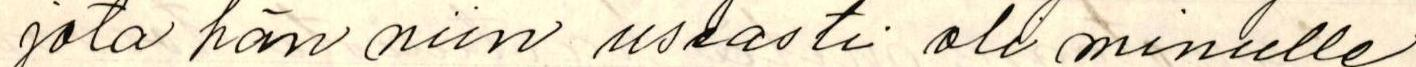
jota hän niin useasti oli minulle